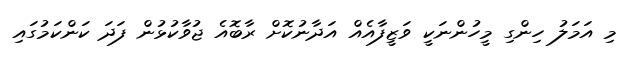
މި އަމަލު ހިންގި މީހުންނަކީ ވަޒީފާއެއް އަދާނުކޮށް ރާބޮއެ ޖުވާކުޅުން ފަދަ ކަންކަމުގައި